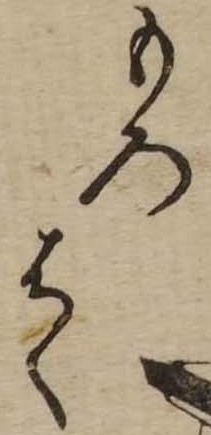
もろはく